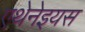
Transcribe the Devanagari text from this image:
एथेनेइयस